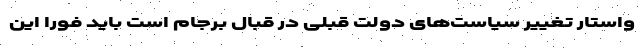
واستار تغییر سیاست‌های دولت قبلی در قبال برجام است باید فوراً این